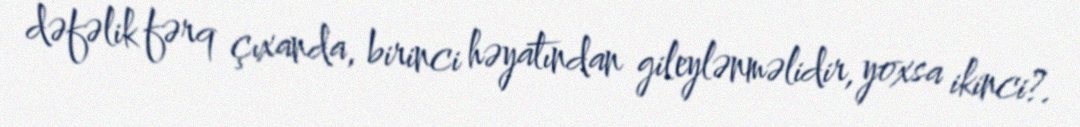
dəfəlik fərq çıxanda, birinci həyatından gileylənməlidir, yoxsa ikinci?.